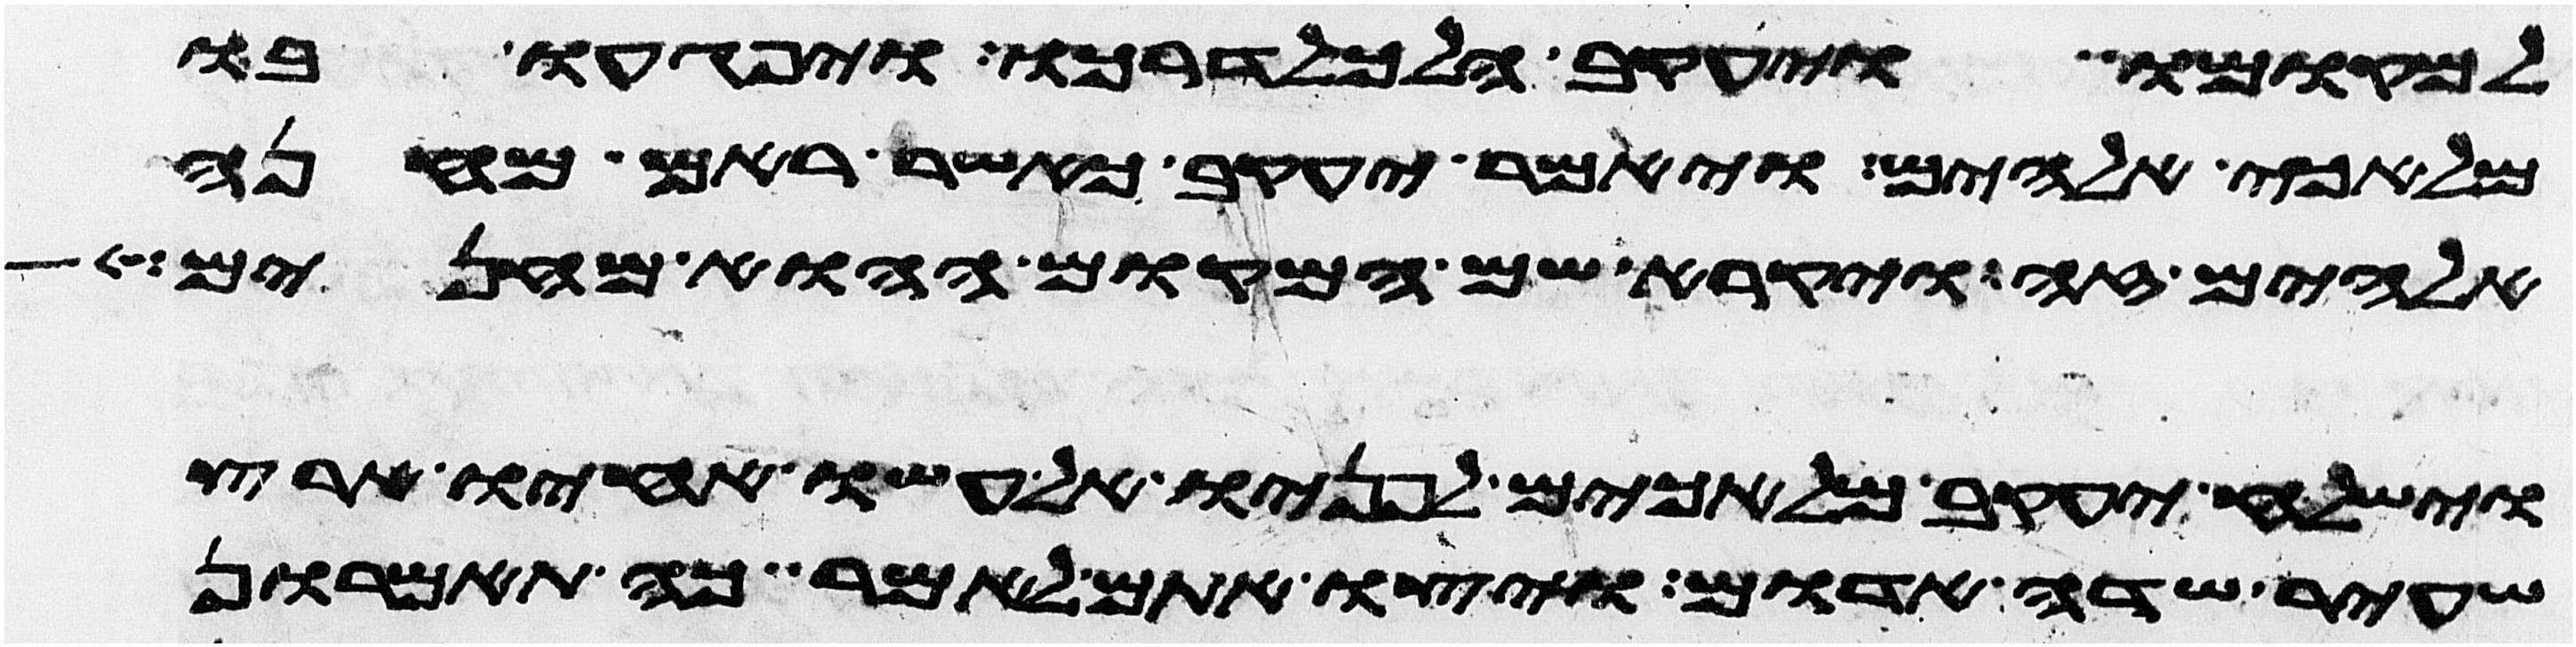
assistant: למקומו ויעקב הלך לדרכו ויפגעו בו
מלאכי אלהים ויאמר יעקב כאשר ראם מחנה
אלהים זה ויקרא שם המקום ההוא מחנים
וישלח יעקב מלאכים לפניו אל עשו אחיו ארץ
שעיר שדה אדום ויצו אתם לאמר כה תאמרון